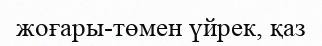
жоғары-төмен үйрек, қаз